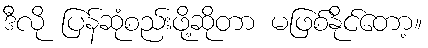
ဒီလို ပြန်ဆုံစည်းဖို့ဆိုတာ မဖြစ်နိုင်တော့။